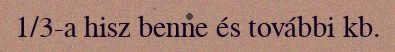
1/3-a hisz benne és további kb.